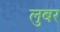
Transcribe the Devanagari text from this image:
लुबर